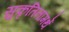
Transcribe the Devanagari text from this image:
सुकृतिनामर्थे